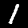
Label: 1